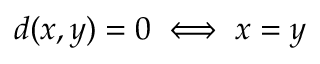
d ( x , y ) = 0 \iff x = y